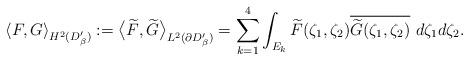
LaTeX: \begin{align*}\left<F,G\right>_{H^2(D'_\beta)}:=\big<\widetilde{F},\widetilde{G}\big>_{L^2(\partial D'_\beta)}=\sum_{k=1}^4 \int_{E_k}\widetilde{F}(\zeta_1,\zeta_2)\overline{\widetilde{G}(\zeta_1,\zeta_2)}\ d\zeta_1 d\zeta_2.\end{align*}